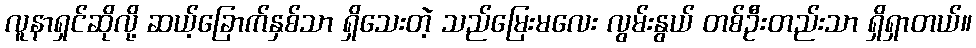
လူနာရှင်ဆိုလို့ ဆယ့်ခြောက်နှစ်သာ ရှိသေးတဲ့ သည်မြေးမလေး လွမ်းနွယ် တစ်ဦးတည်းသာ ရှိရှာတယ်။